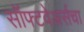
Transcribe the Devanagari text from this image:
सॉफ्टवेअर्सचा